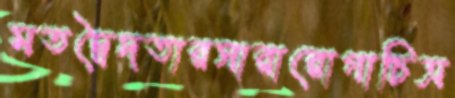
মতদ্বৈদতারসারারোগাচিত্র